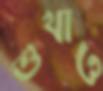
শুখাও